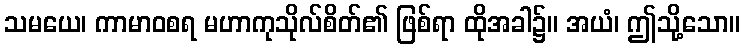
သမယေ၊ ကာမာဝစရ မဟာကုသိုလ်စိတ်၏ ဖြစ်ရာ ထိုအခါ၌။ အယံ၊ ဤသို့သော။